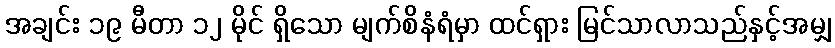
အချင်း ၁၉ မီတာ ၁၂ မိုင် ရှိသော မျက်စိနံရံမှာ ထင်ရှား မြင်သာလာသည်နှင့်အမျှ